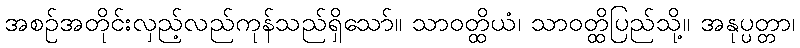
အစဉ်အတိုင်းလှည့်လည်ကုန်သည်ရှိသော်။ သာဝတ္ထိယံ၊ သာဝတ္ထိပြည်သို့။ အနုပ္ပတ္တာ၊